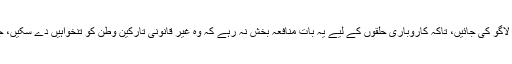
اُن کے بقول، ضرورت اس بات کی ہے کہ تبدیلی لائی جائے اور معاشی پابندیاں لاگو کی جائیں، تاکہ کاروباری حلقوں کے لیے یہ بات منافعہ بخش نہ رہے کہ وہ غیر قانونی تارکین وطن کو تنخواہیں دے سکیں، جن کی تعداد قانونی سکونت رکھنے والوں کے مقابلے میں دو سے تین گنا کم ہے۔